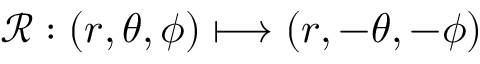
\mathcal { R } : ( r , \theta , \phi ) \longmapsto ( r , - \theta , - \phi )